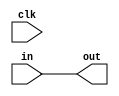
module DelayBlock (
    input wire clk,           // Clock signal for synchronization
    input wire [3:0] in,     // 4-bit input signal
    output reg [3:0] out     // 4-bit output signal with delay
);

    // Parameter to define delay time (in simulation time units)
    parameter DELAY_TIME = 10; // Delay time in time units (e.g., 10 time units)

    // Always block to model the delay behavior
    always @(in) begin
        // Propagate the input signal to the output after the specified delay
        #DELAY_TIME out = in;  // Use #delay to model signal propagation delay
    end

endmodule